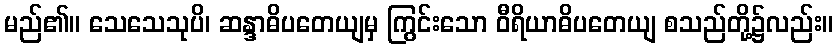
မည်၏။ သေသေသုပိ၊ ဆန္ဒာဓိပတေယျမှ ကြွင်းသော ဝီရိယာဓိပတေယျ စသည်တို့၌လည်း။